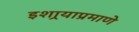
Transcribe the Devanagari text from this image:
इशार्‍याप्रमाणे